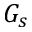
G _ { s }